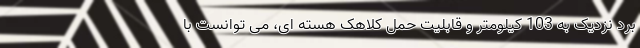
برد نزدیک به 103 کیلومتر و قابلیت حمل کلاهک هسته ای، می توانست با